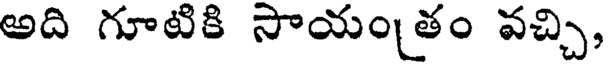
అది గూటికి సాయంతం వచ్చి,